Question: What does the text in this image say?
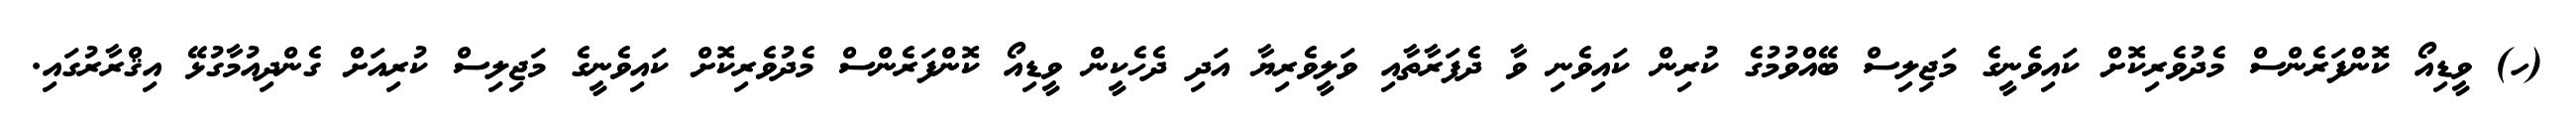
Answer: (ހ) ވީޑިއޯ ކޮންފަރެންސް މެދުވެރިކޮށް ކައިވެނީގެ މަޖިލިސް ބޭއްވުމުގެ ކުރިން ކައިވެނި ވާ ދެފަރާތާއި ވަލީވެރިޔާ އަދި ދެހެކީން ވީޑިއޯ ކޮންފަރެންސް މެދުވެރިކޮށް ކައިވެނީގެ މަޖިލިސް ކުރިއަށް ގެންދިއުމާގުޅޭ އިޤްރާރުގައި.